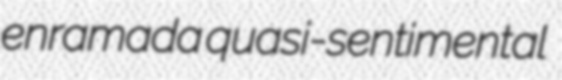
enramada quasi-sentimental